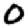
Digit: 0